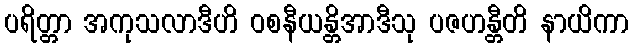
ပရိတ္တာ အကုသလာဒီဟိ ဝစနီယန္တိအာဒီသု ပဇဟန္တီတိ နာယိကာ